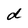
Character: d